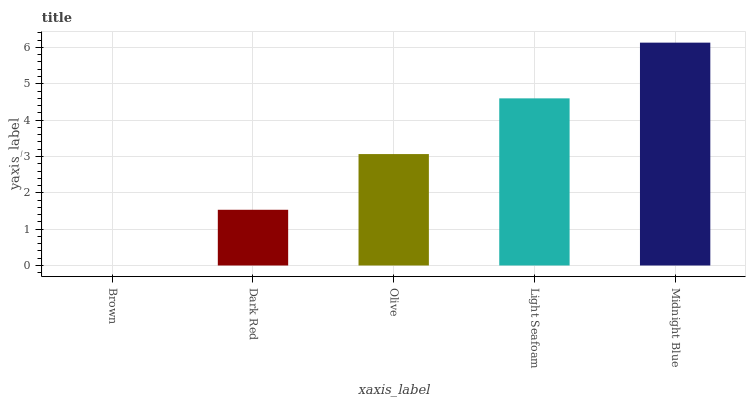
| xaxis_label | bars |
 | --- | --- |
 | Brown | 0 |
 | Dark Red | 1.53 |
 | Olive | 3.07 |
 | Light Seafoam | 4.6 |
 | Midnight Blue | 6.13 |